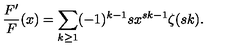
\frac { F ^ { \prime } } { F } ( x ) = \sum _ { k \ge 1 } ( - 1 ) ^ { k - 1 } s x ^ { s k - 1 } \zeta ( s k ) .